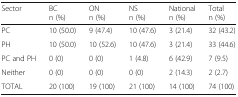
| Sector | BCn (%) | ONn (%) | NSn (%) | Nationaln (%) | Totaln (%) |
 | --- | --- | --- | --- | --- | --- |
 | PC | 10 (50.0) | 9 (47.4) | 10 (47.6) | 3 (21.4) | 32 (43.2) |
 | PH | 10 (50.0) | 10 (52.6) | 10 (47.6) | 3 (21.4) | 33 (44.6) |
 | PC and PH | 0 (0) | 0 (0) | 1 (4.8) | 6 (42.9) | 7 (9.5) |
 | Neither | 0 (0) | 0 (0) | 0 (0) | 2 (14.3) | 2 (2.7) |
 | TOTAL | 20 (100) | 19 (100) | 21 (100) | 14 (100) | 74 (100) |